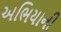
અભિયાની